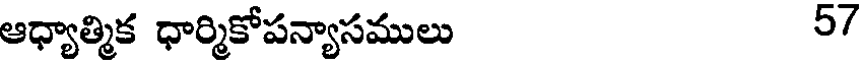
ఆధ్యాత్మిక ధార్మికోపన్యాసములు 57